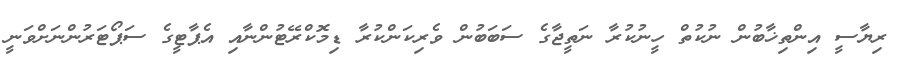
ރިޔާސީ އިންތިޚާބުން ނުކުތް ހީނުކުރާ ނަތީޖާގެ ސަބަބުން ވެރިކަންކުރާ ޑިމޮކްރޭޓުންނާއި އެޕާޓީގެ ސަޕޯޓަރުންނަށްވަނީ